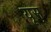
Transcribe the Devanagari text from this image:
यूस्